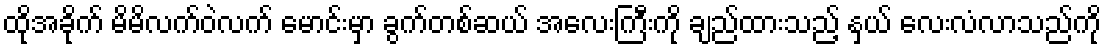
ထိုအခိုက် မိမိလက်ဝဲလက် မောင်းမှာ ခွက်တစ်ဆယ် အလေးကြီးကို ချည်ထားသည့် နှယ် လေးလံလာသည်ကို